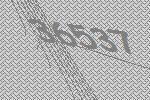
36537